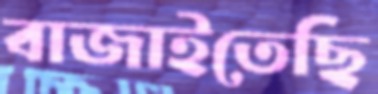
বাজাইতেছি